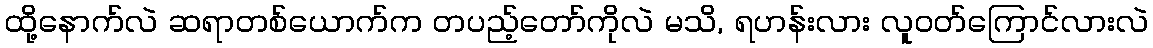
ထို့နောက်လဲ ဆရာတစ်ယောက်က တပည့်တော်ကိုလဲ မသိ, ရဟန်းလား လူဝတ်ကြောင်လားလဲ